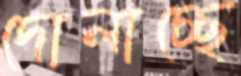
দোলাচ্ছে